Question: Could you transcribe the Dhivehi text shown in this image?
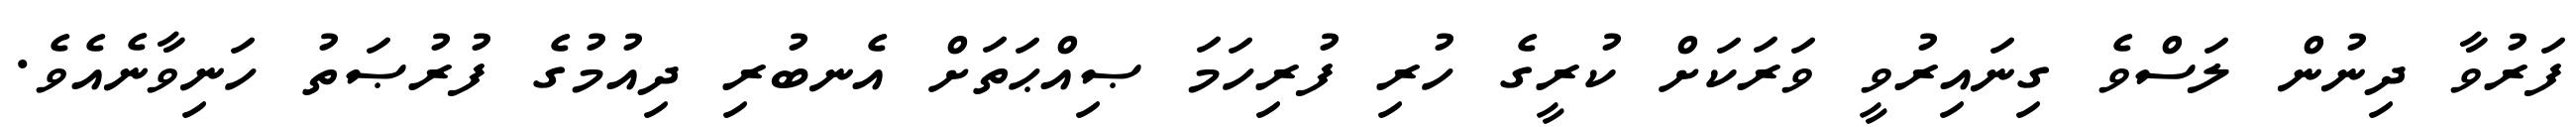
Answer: ފަރުވާ ދިނުން ލަސްވެ ގިނައިރުވީ ވަރަކަށް ކުރީގެ ހުރި ފުރިހަމަ ޞިއްޙަތަށް އެނބުރި ދިއުމުގެ ފުރުޞަތު ހަނިވާނެއެވެ.